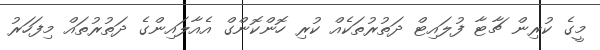
މީގެ ކުރިން ޗާޓާ ފުލައިޓް ދަތުރުތަކެއް ކުރި ހޮންކޮންގް އެއާލައިންގެ ދަތުރުތައް މިފަހަރު